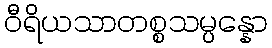
ဝီရိယသာတစ္စသမ္ပန္နော